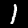
Digit: 1